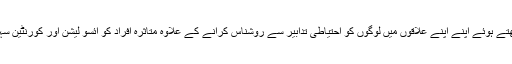
یہ پی ایل ویز وقت کی نذاکت کو مدِ نظر رکھتے ہوئے اپنے اپنے علاقوں میں لوگوں کو احتیاطی تدابیر سے روشناس کرانے کے علاوہ متاثرہ افراد کو آئسو لیشن اور کورنٹین سہولیات تک پہنچانے میں بھی مدد کرتے ہیں ۔